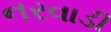
નરવાડી